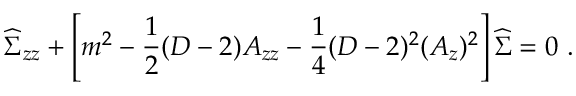
{ \widehat \Sigma } _ { z z } + \left[ m ^ { 2 } - { \frac { 1 } { 2 } } ( D - 2 ) A _ { z z } - { \frac { 1 } { 4 } } ( D - 2 ) ^ { 2 } ( A _ { z } ) ^ { 2 } \right] { \widehat \Sigma } = 0 ~ .